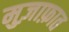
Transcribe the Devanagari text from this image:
मुज़ाफ़ात